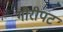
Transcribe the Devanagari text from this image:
गौरीपट